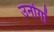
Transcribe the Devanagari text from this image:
उनोगों